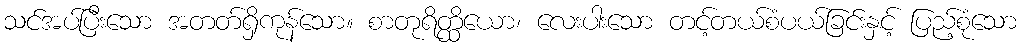
သင်အပ်ပြီးသော အတတ်ရှိကုန်သော။ စာတုရိတ္ထိယော၊ လေးပါးသော တင့်တယ်စံပယ်ခြင်းနှင့် ပြည့်စုံသော